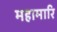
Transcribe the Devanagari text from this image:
महामारि